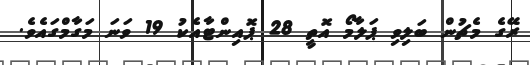
ރޭގެ މެޗުން ބަލިވި ޕަލާމޯ އޮތީ 28 ޕޮއިންޓާއެކު 19 ވަނަ މަގާމްގައެވެ.